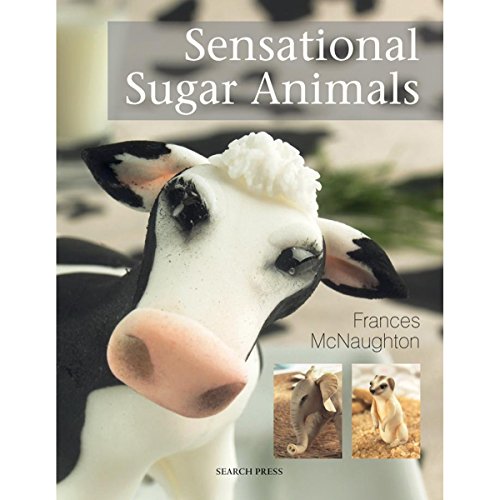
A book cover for Sensational Sugar Animals; Frances McNaughton; Crafts, Hobbies & Home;